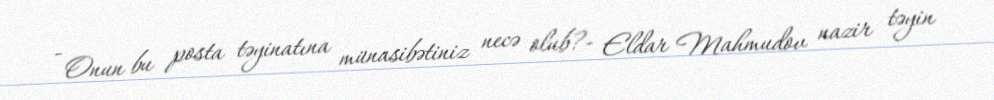
- Onun bu posta təyinatına münasibətiniz necə olub?- Eldar Mahmudov nazir təyin